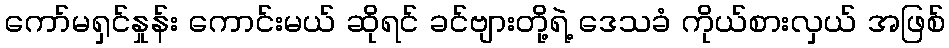
ကော်မရှင်နှုန်း ကောင်းမယ် ဆိုရင် ခင်ဗျားတို့ရဲ့ ဒေသခံ ကိုယ်စားလှယ် အဖြစ်